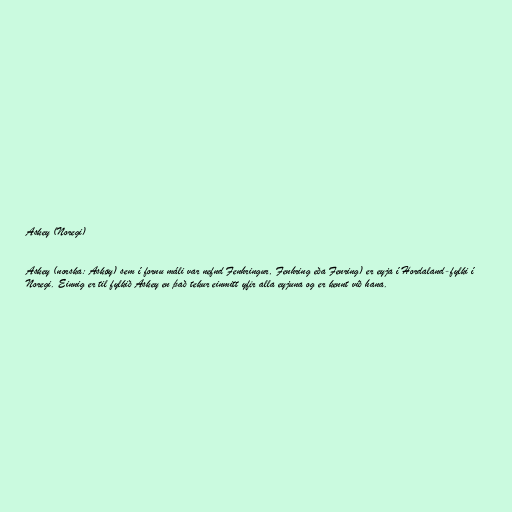
Askey (Noregi)

Askey (norska: Askøy) sem í fornu máli var nefnd Fenhringur, Fenhring eða Fenring) er eyja í Hordaland-fylki í
Noregi. Einnig er til fylkið Askey en það tekur einmitt yfir alla eyjuna og er kennt við hana.